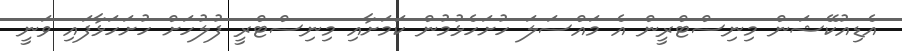
އެޑިއުކޭޝަން މިނިސްޓްރީން އެ މައްސަލަ ހުށަހެޅުމުން ކަމަށާއި މިނިސްޓްރީ ފުލުހަށް ހުށަހަޅާފައި ވަނީ